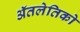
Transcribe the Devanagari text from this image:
ॲतलेतिको